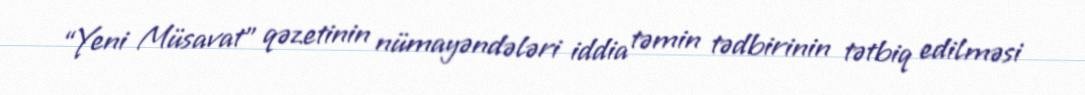
“Yeni Müsavat” qəzetinin nümayəndələri iddia təmin tədbirinin tətbiq edilməsi